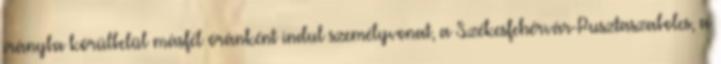
irányba körülbelül másfél óránként indul személyvonat, a Székesfehérvár-Pusztaszabolcs, a